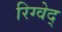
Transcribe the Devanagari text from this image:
रिग्वेद्